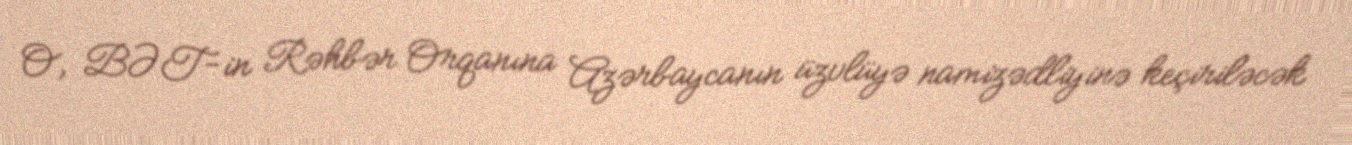
O, BƏT-in Rəhbər Orqanına Azərbaycanın üzvlüyə namizədliyinə keçiriləcək